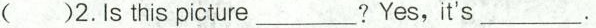
()2.Is this picture _?Yes, it's_。